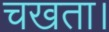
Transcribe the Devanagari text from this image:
चखता।